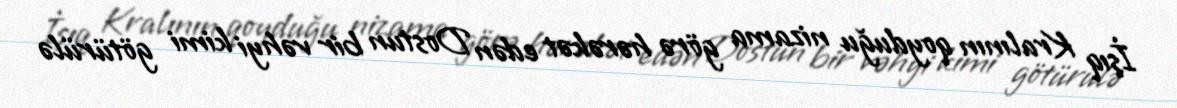
İşıq Kralının qoyduğu nizama görə hərəkət edən Dostun bir vəhyi kimi götürülə